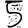
Digit: 5